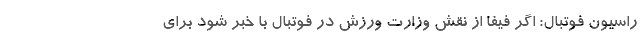
راسیون فوتبال: اگر فیفا از نقش وزارت ورزش در فوتبال با خبر شود برای